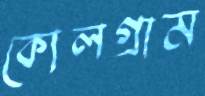
কোলগ্রাম